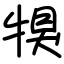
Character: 犑